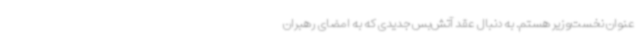
عنوان نخست‌وزیر هستم. به دنبال عقد آتش‌بس جدیدی که به امضای رهبران